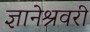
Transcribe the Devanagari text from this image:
ज्ञानेश्रवरी